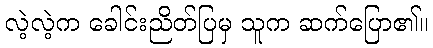
လဲ့လဲ့က ခေါင်းညိတ်ပြမှ သူက ဆက်ပြော၏။